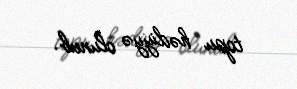
topu hədiyyə olunub.